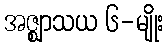
အဇ္ဈာသယ ၆-မျိုး